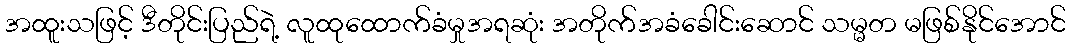
အထူးသဖြင့် ဒီတိုင်းပြည်ရဲ့ လူထုထောက်ခံမှုအရဆုံး အတိုက်အခံခေါင်းဆောင် သမ္မတ မဖြစ်နိုင်အောင်